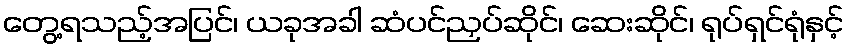
တွေ့ရသည့်အပြင်၊ ယခုအခါ ဆံပင်ညှပ်ဆိုင်၊ ဆေးဆိုင်၊ ရုပ်ရှင်ရုံနှင့်